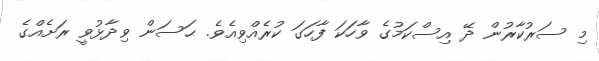
މި ސަރުކާރުން ދޭ އިސްކަމުގެ ވާހަކަ ފާހަގަ ކުރެއްވިއެވެ. ޙަސަން ވިދާޅުވީ ރަށެއްގެ